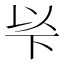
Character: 𠀳